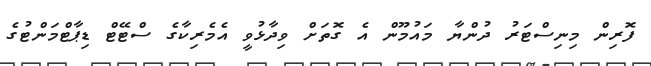
ފޮރިން މިނިސްޓަރު ދުންޔާ މައުމޫން އެ ގޮތަށް ވިދާޅުވީ އެމެރިކާގެ ސްޓޭޓް ޑިޕާޓްމަންޓުގެ